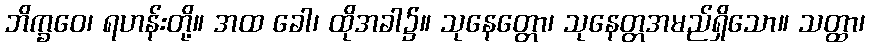
ဘိက္ခဝေ၊ ရဟန်းတို့။ အထ ခေါ၊ ထိုအခါ၌။ သုနေတ္တော၊ သုနေတ္တအမည်ရှိသော။ သတ္ထာ၊